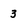
Character: 3